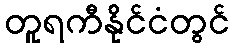
တူရကီနိုင်ငံတွင်